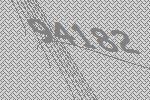
94182